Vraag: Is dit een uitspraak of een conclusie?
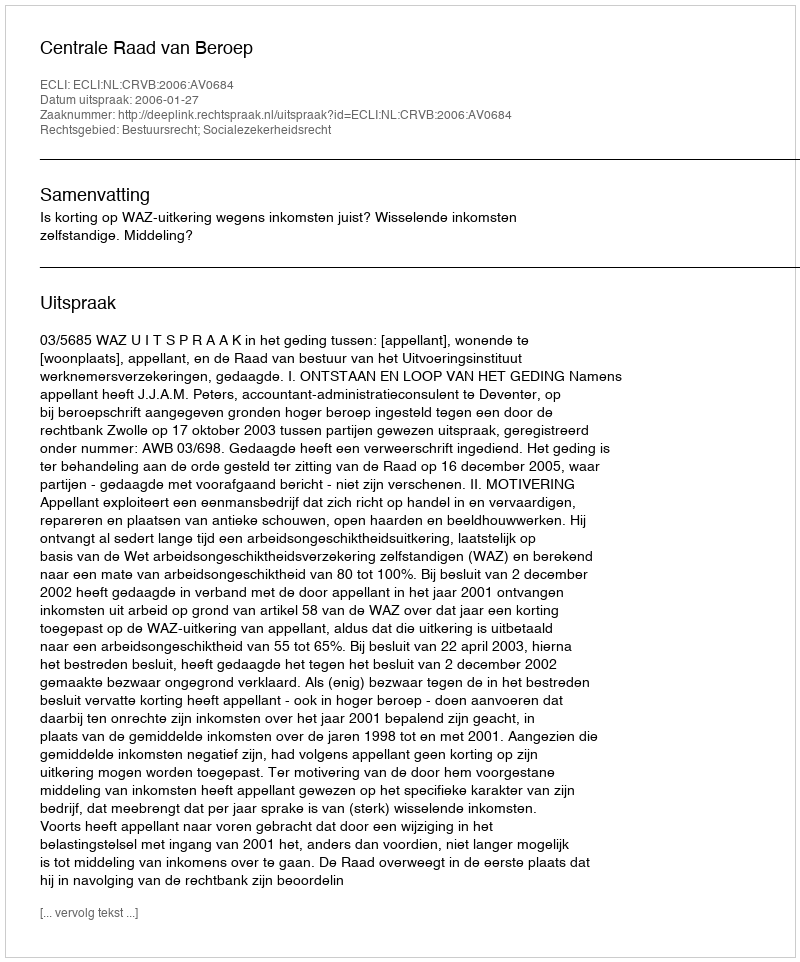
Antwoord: Uitspraak